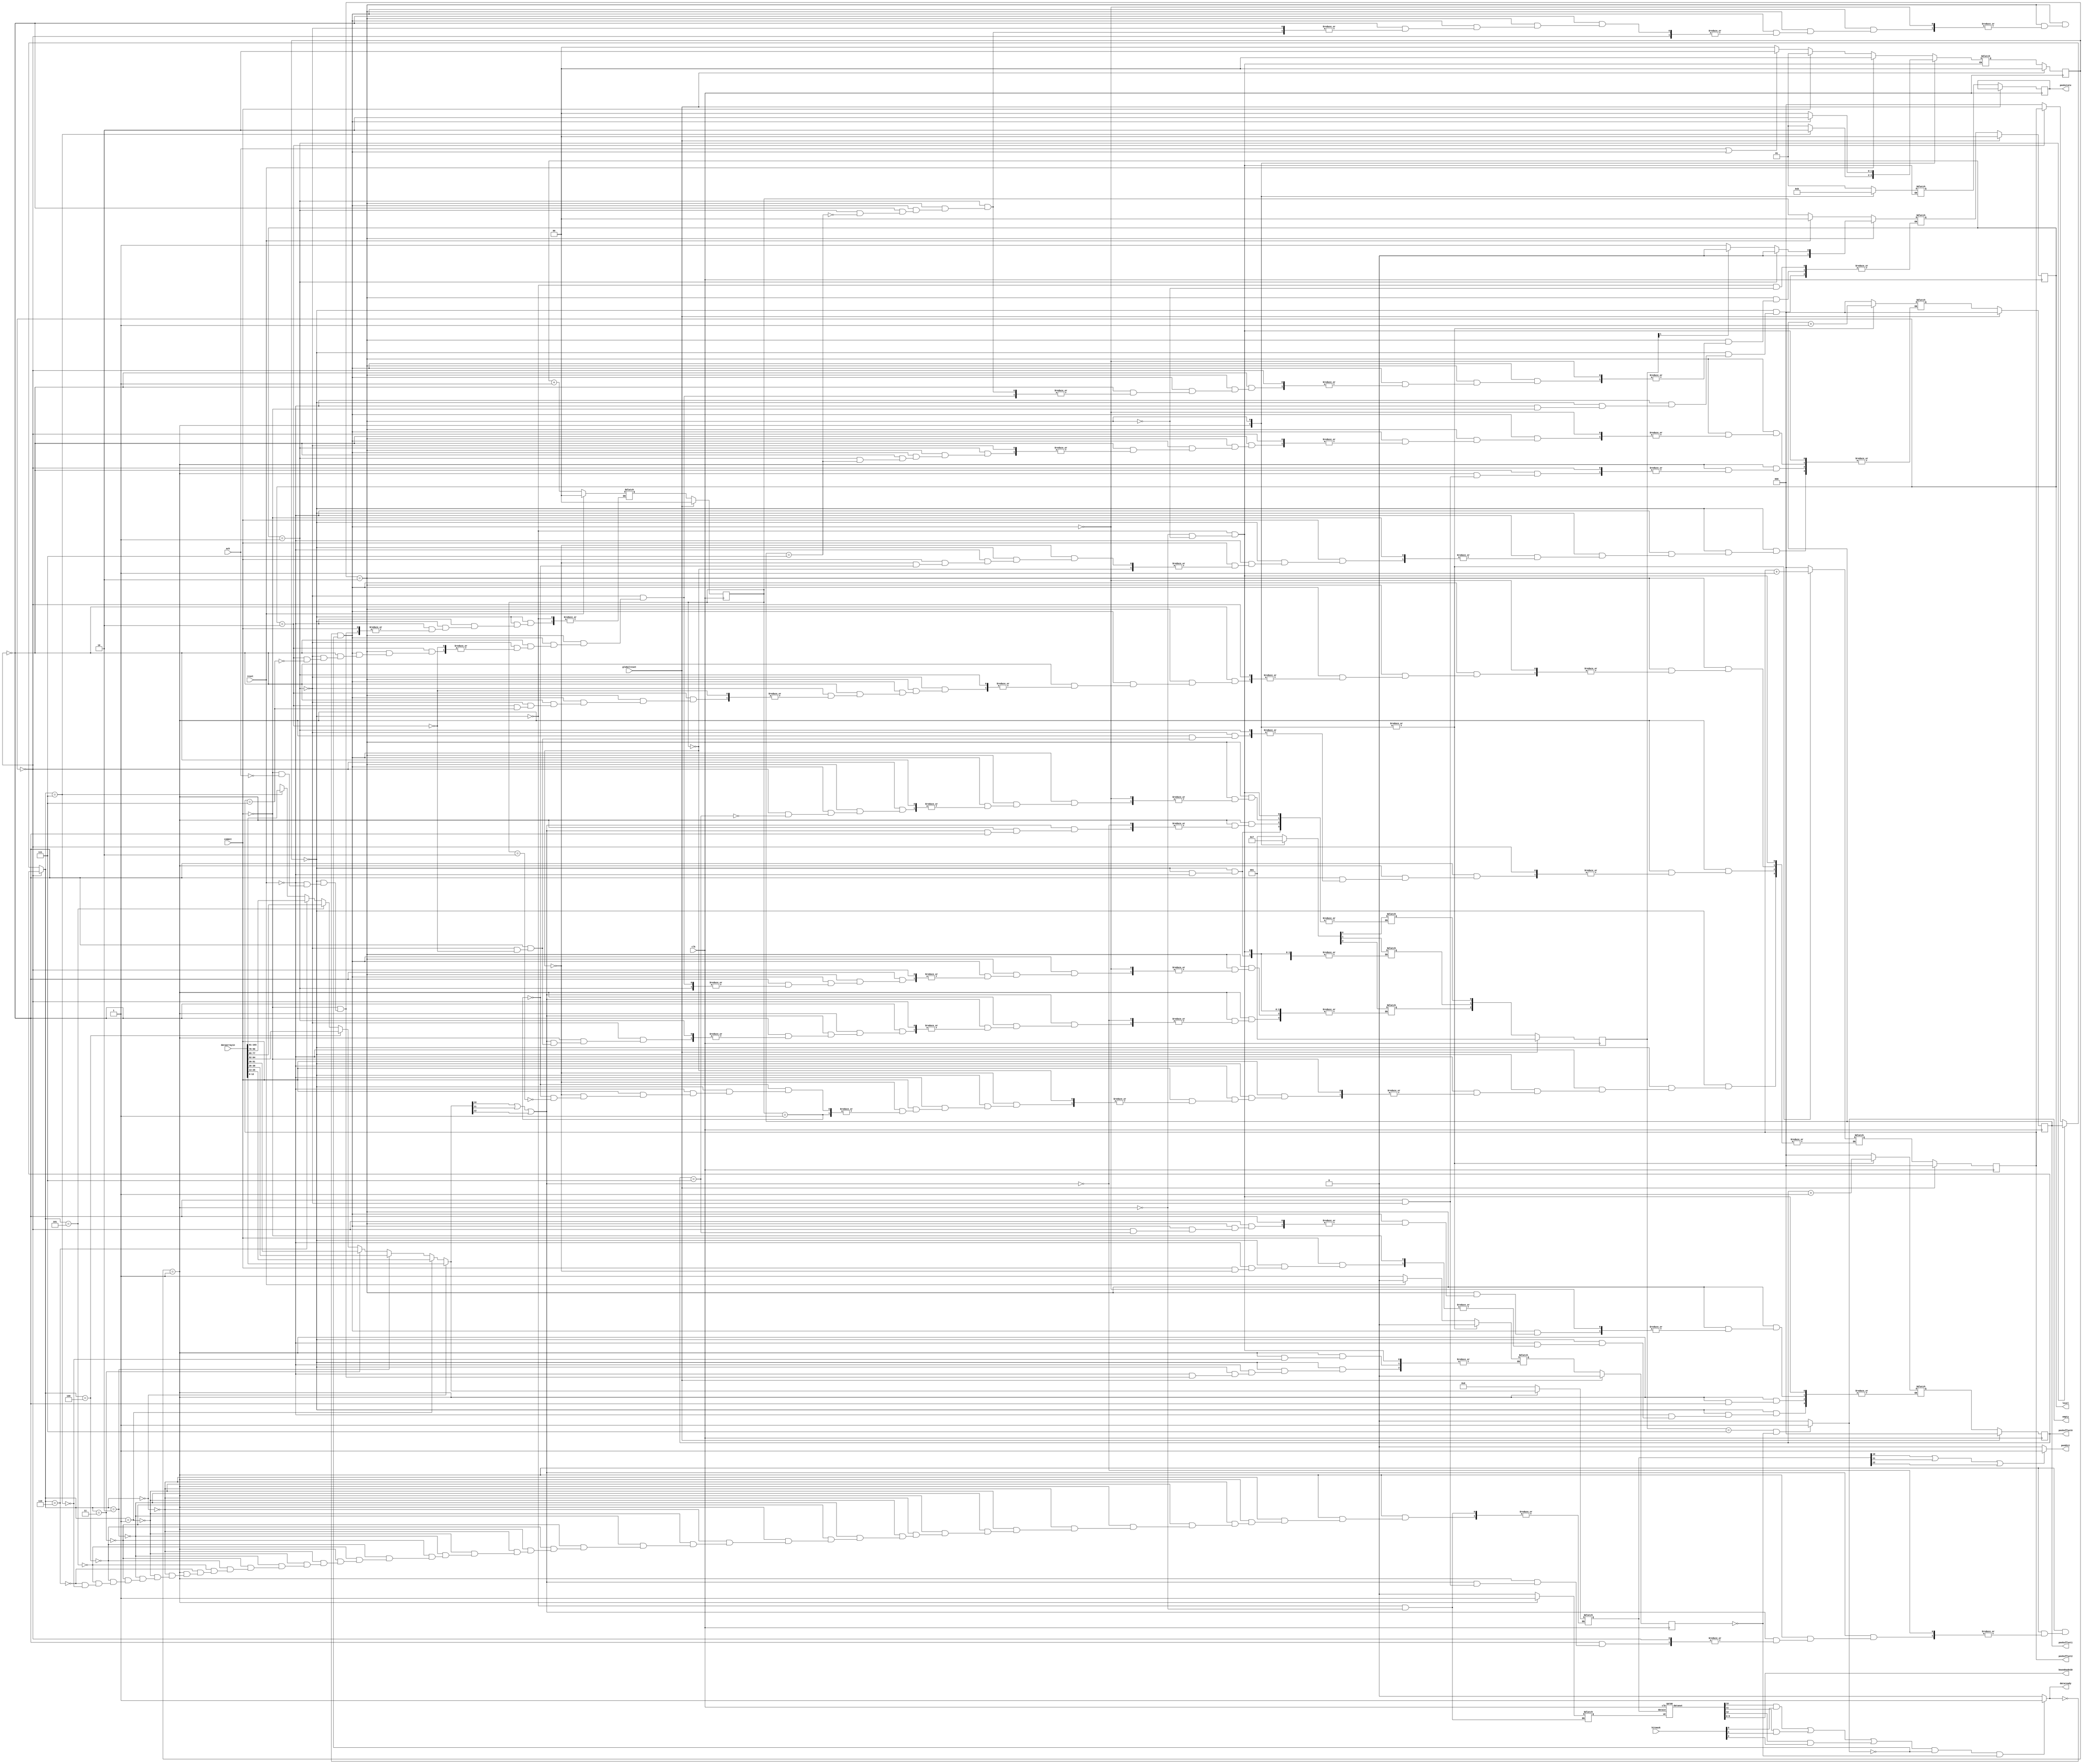
`define SIMULATION_MEMORY

module listhandler (dataarrayin, commit, hitmask, ack, boundnodeID, level, empty, dataready, reset, globalreset, clk, peekoffset0, peekoffset1, peekoffset2, peekhit, peekstate);

    input[8 * 13 - 1:0] dataarrayin; 
    input commit; 
    input[2:0] hitmask; 
    input ack; 
    output[9:0] boundnodeID; 
    wire[9:0] boundnodeID;
    output[1:0] level; 
    wire[1:0] level;

    output empty; 
    wire empty;
    output dataready; 
    wire dataready;
    input reset; 
    input globalreset; 
    input clk; 
    output[2:0] peekoffset0; 
    wire[2:0] peekoffset0;
    output[2:0] peekoffset1; 
    wire[2:0] peekoffset1;
    output[2:0] peekoffset2; 

    wire[2:0] peekoffset2;
    output peekhit; 
    wire peekhit;
    output[1:0] peekstate; 
    reg[1:0] peekstate;
    reg[1:0] temp_peekstate;

    reg[1:0] next_state; 
    reg[1:0] state; 
    reg[1:0] readlevel; 

    reg[1:0] writelevel; 
    reg[2:0] offset0; 
    reg[2:0] offset1; 
    reg[2:0] offset2; 
    reg[4:0] address; 
    reg we; 
    reg[12:0] datain; 
    wire[12:0] dataout; 
    reg[2:0] lvempty; 
    reg busy; 
    reg temp_busy; 
    reg[2:0] temp_lvempty; 
    reg[1:0] temp_readlevel; 
    reg[1:0] temp_writelevel; 
    reg[2:0] temp_offset0; 
    reg[2:0] temp_offset1; 
    reg[2:0] temp_offset2; 

    // Debug Stuff

    assign peekoffset0 = offset0 ;
    assign peekoffset1 = offset1 ;
    assign peekoffset2 = offset2 ;
    assign peekhit = ((datain[10]) == 1'b1 | (datain[11]) == 1'b1 | (datain[12]) == 1'b1) ? 1'b1 : 1'b0 ;

    // Real Code

    spram  ram(we, dataout, datain, clk); 

    assign level = readlevel ;
    assign boundnodeID = dataout[9:0] ;

    assign empty = (lvempty == 3'b111 & busy == 1'b0) ? 1'b1 : 1'b0 ;
    assign dataready = ((((dataout[10]) == 1'b1 & (hitmask[0]) == 1'b1) | ((dataout[11]) == 1'b1 & (hitmask[1]) == 1'b1) | ((dataout[12]) == 1'b1 & (hitmask[2]) == 1'b1)) & (empty == 1'b0) & (busy == 1'b0)) ? 1'b1 : 1'b0 ;

    always @(offset0 or offset1 or offset2 or address)
    begin
	    address[4:3] = readlevel ;

       if (address[4:3] == 2'b00)
       begin
          address[2:0] = offset0 ; 
       end
       else if (address[4:3] == 2'b01)
       begin

          address[2:0] = offset1 ; 
       end
       else if (address[4:3] == 2'b10)
       begin
          address[2:0] = offset2 ; 
       end
       else
       begin
          address[2:0] = 0;
       end 
    end 

    always @(posedge clk)
    begin
       if (globalreset == 1'b1)
       begin
          state <= 0 ; 
          lvempty <= 1;
          busy <= 1'b0 ; 
          readlevel <= 2'b00 ; 
          writelevel <= 2'b00 ; 
          offset0 <= 3'b000 ; 
          offset1 <= 3'b000 ; 
          offset2 <= 3'b000 ; 

       end
       else
       begin
          state <= next_state ; 
          peekstate <= temp_peekstate ; 
		busy <= temp_busy;
        lvempty <= temp_lvempty;
       readlevel <= temp_readlevel;
       writelevel <= temp_writelevel;
       offset0 <= temp_offset0;
       offset1 <= temp_offset1;
       offset2 <= temp_offset2;

       end 
    end 

    always @(state or commit or ack or address or dataarrayin or reset or dataready or 
             empty)
    begin

       case (state)
          2'b00 :
                   begin
				       we = 1'b0 ; 
				       datain = 0;
                      if (reset == 1'b1)
                      begin
                         next_state = 0 ; 
                      end
                      else if (commit == 1'b1)
                      begin
                         next_state = 1 ; 
                      end
                      else if ((ack == 1'b1) | (dataready == 1'b0 & empty == 1'b0))

                      begin
                         next_state = 2 ; 
                      end
                      else
                      begin
                         next_state = 0 ; 
                      end 
                      temp_peekstate = 2'b01 ; 

                         if (reset == 1'b1)
                         begin
                            temp_busy = 1'b0 ; 
                            temp_lvempty = 1;
                            temp_readlevel = 2'b00 ; 

                            temp_writelevel = 2'b00 ; 
                            temp_offset0 = 3'b000 ; 
                            temp_offset1 = 3'b000 ; 
                            temp_offset2 = 3'b000 ; 
                         end
                         else if (commit == 1'b1)
                         begin
                            temp_busy = 1'b1 ; 
                            if (writelevel == 2'b00)
                            begin
                               temp_offset0 = 3'b000 ; 
                            end

                            else if (writelevel == 2'b01)
                            begin
                               temp_offset1 = 3'b000 ; 
                            end
							else if (writelevel == 2'b10)
                            begin
                               temp_offset2 = 3'b000 ; 
                            end 
                            temp_readlevel = writelevel ; 
                         end

                         else if (ack == 1'b1)
                         begin
                            temp_writelevel = readlevel + 1 ; 
                            temp_busy = 1'b1 ; // This will ensure that align skips one
                         end 

                   end
          2'b01 :
                   begin
/* PAJ -- Unrolled loop */
						if (address[2:0] == 0)
						begin
   	                     datain = dataarrayin[(1) * 13 - 1:0 * 13] ; 
						end
						else if ( address[2:0] == 1)
						begin
   	                     datain = dataarrayin[(2) * 13 - 1:1 * 13] ; 
						end
						else if ( address[2:0] ==2)
						begin
   	                     datain = dataarrayin[(3) * 13 - 1:2 * 13] ; 
						end
						else if ( address[2:0] ==3)
						begin
   	                     datain = dataarrayin[(4) * 13 - 1:3 * 13] ; 
						end
						else if ( address[2:0] ==4)
						begin
   	                     datain = dataarrayin[(5) * 13 - 1:4 * 13] ; 
						end
						else if ( address[2:0] ==5)
						begin
   	                     datain = dataarrayin[(6) * 13 - 1:5 * 13] ; 
						end
						else if ( address[2:0] ==6)
						begin
   	                     datain = dataarrayin[(7) * 13 - 1:6 * 13] ; 
						end
						else if ( address[2:0] ==7)
						begin
   	                     datain = dataarrayin[(8) * 13 - 1:7 * 13] ; 
						end


                      we = 1'b1 ; 
                      if (address[2:0] == 3'b111)
                      begin
                         next_state = 2 ; 

                      end
                      else
                      begin
                         next_state = 1 ; 
                      end 
                      temp_peekstate = 2'b10 ; 

                         if (readlevel == 2'b00)
                         begin
                            temp_offset0 = offset0 + 1 ; 
                         end

                         else if (readlevel == 2'b01)
                         begin
                            temp_offset1 = offset1 + 1 ; 
                         end
                         else if (readlevel == 2'b10)
                         begin
                            temp_offset2 = offset2 + 1 ; 
                         end 
                         if (address[2:0] == 3'b111)
                         begin
                            temp_busy = 1'b0 ; 
                         end 

                         if ((datain[10]) == 1'b1 | (datain[11]) == 1'b1 | (datain[12]) == 1'b1)
                         begin
                            if (readlevel == 2'b00)
                            begin
                               temp_lvempty[0] = 1'b0 ; 
                            end
                            else if (readlevel == 2'b01)
                            begin
                               temp_lvempty[1] = 1'b0 ; 
                            end
                            else if (readlevel == 2'b10)
                            begin

                               temp_lvempty[2] = 1'b0 ; 
                            end 
                         end 

                   end
          2'b10 :
	begin
		if (empty == 1'b0 & dataready == 1'b0)
		begin
			next_state = 2 ; 
		end
		else
			next_state = 0 ; 
		
		temp_peekstate = 2'b11 ; 
		temp_busy = 1'b0 ; 
		if (empty == 1'b0 & dataready == 1'b0)
		begin
			if (readlevel == 2'b00)
			begin
				if (offset0 == 3'b111)
				begin
					temp_lvempty[0] = 1'b1 ; 
				end
				else
				begin
					temp_offset0 = offset0 + 1 ; 
				end 
			end
			else if (readlevel == 2'b01)
			begin
				if (offset1 == 3'b111)
				begin
					temp_lvempty[1] = 1'b1 ; 
					temp_readlevel = 2'b00 ; 
				end
				else
				begin
					temp_offset1 = offset1 + 1 ; 
				end 
			end
			else if (readlevel == 2'b10)
			begin
				if (offset2 == 3'b111)
				begin
					temp_lvempty[2] = 1'b1 ; 
					if ((lvempty[1]) == 1'b1)
					begin
						temp_readlevel = 2'b00 ; 
					end
					else
					begin
						temp_readlevel = 2'b01 ; 
					end
				end
				else
				begin
					temp_offset2 = offset2 + 1 ; 
				end 
			end
		end
	end
	endcase
end
endmodule
 module spram (we, dataout, datain, clk);

    input we; 
    output[13 - 1:0] dataout; 
    wire[13 - 1:0] dataout;
    input[13 - 1:0] datain; 
    input clk; 
    reg[13 - 1:0] temp_reg; 

    reg[13 - 1:0] mem1; 
    reg[13 - 1:0] mem2; 

    assign dataout = mem2 ;

    always @(posedge clk)
    begin
		temp_reg <= 0;
       if (we == 1'b1)
       begin
          mem1 <= datain + temp_reg; 
          mem2 <= mem1;
       end  
    end 
 endmodule